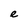
Character: e